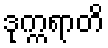
ဒုက္ကရာတိ